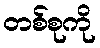
တစ်စုကို